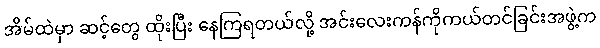
အိမ်ထဲမှာ ဆင့်တွေ ထိုးပြီး နေကြရတယ်လို့ အင်းလေးကန်ကိုကယ်တင်ခြင်းအဖွဲ့က